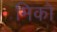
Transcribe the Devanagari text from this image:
मिको